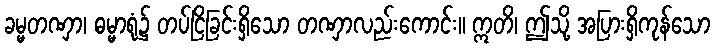
ခမ္မတဏှာ၊ ဓမ္မာရုံ၌ တပ်ငြိခြင်းရှိသော တဏှာလည်းကောင်း။ ဣတိ၊ ဤသို့ အပြားရှိကုန်သော